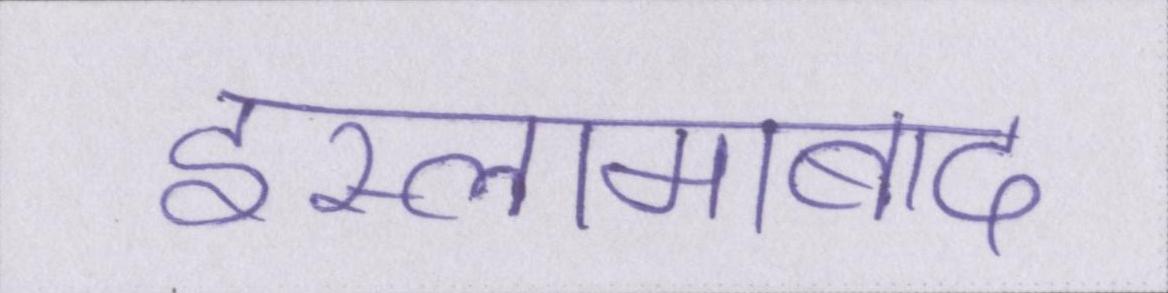
इस्लामाबाद